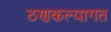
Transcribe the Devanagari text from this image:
ठणकल्यागत